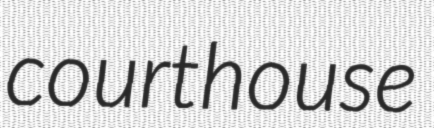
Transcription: courthouse